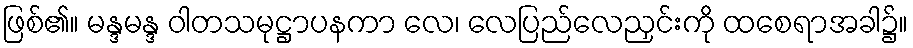
ဖြစ်၏။ မန္ဒမန္ဒ ဝါတသမုဋ္ဌာပနကာ လေ၊ လေပြည်လေညှင်းကို ထစေရာအခါ၌။